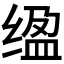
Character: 𫄮